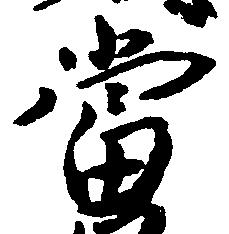
当